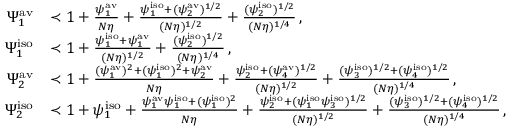
\begin{array} { r l } { \Psi _ { 1 } ^ { \mathrm { a v } } } & { \prec 1 + \frac { \psi _ { 1 } ^ { \mathrm { a v } } } { N \eta } + \frac { \psi _ { 1 } ^ { \mathrm { i s o } } + ( \psi _ { 2 } ^ { \mathrm { a v } } ) ^ { 1 / 2 } } { ( N \eta ) ^ { 1 / 2 } } + \frac { ( \psi _ { 2 } ^ { \mathrm { i s o } } ) ^ { 1 / 2 } } { ( N \eta ) ^ { 1 / 4 } } \, , } \\ { \Psi _ { 1 } ^ { \mathrm { i s o } } } & { \prec 1 + \frac { \psi _ { 1 } ^ { \mathrm { i s o } } + \psi _ { 1 } ^ { \mathrm { a v } } } { ( N \eta ) ^ { 1 / 2 } } + \frac { ( \psi _ { 2 } ^ { \mathrm { i s o } } ) ^ { 1 / 2 } } { ( N \eta ) ^ { 1 / 4 } } \, , } \\ { \Psi _ { 2 } ^ { \mathrm { a v } } } & { \prec 1 + \frac { ( \psi _ { 1 } ^ { \mathrm { a v } } ) ^ { 2 } + { ( \psi _ { 1 } ^ { \mathrm { i s o } } ) ^ { 2 } } + \psi _ { 2 } ^ { \mathrm { a v } } } { N \eta } + \frac { \psi _ { 2 } ^ { \mathrm { i s o } } + ( \psi _ { 4 } ^ { \mathrm { a v } } ) ^ { 1 / 2 } } { ( N \eta ) ^ { 1 / 2 } } + \frac { ( \psi _ { 3 } ^ { \mathrm { i s o } } ) ^ { 1 / 2 } + ( \psi _ { 4 } ^ { \mathrm { i s o } } ) ^ { 1 / 2 } } { ( N \eta ) ^ { 1 / 4 } } \, , } \\ { \Psi _ { 2 } ^ { \mathrm { i s o } } } & { \prec 1 + \psi _ { 1 } ^ { \mathrm { i s o } } + \frac { \psi _ { 1 } ^ { \mathrm { a v } } \psi _ { 1 } ^ { \mathrm { i s o } } + ( \psi _ { 1 } ^ { \mathrm { i s o } } ) ^ { 2 } } { N \eta } + \frac { \psi _ { 2 } ^ { \mathrm { i s o } } + ( \psi _ { 1 } ^ { \mathrm { i s o } } \psi _ { 3 } ^ { \mathrm { i s o } } ) ^ { 1 / 2 } } { ( N \eta ) ^ { 1 / 2 } } + \frac { ( \psi _ { 3 } ^ { \mathrm { i s o } } ) ^ { 1 / 2 } + ( \psi _ { 4 } ^ { \mathrm { i s o } } ) ^ { 1 / 2 } } { ( N \eta ) ^ { 1 / 4 } } \, , } \end{array}